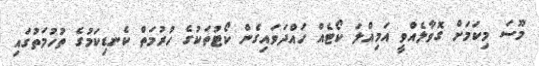
މޫސަ މިކަމަށް ގޮވާލެއްވީ އަމިއްލަ ކޯޓެއް ހައްދަވައިގެން ކޯޓުތަކުގެ ހުރުމަތް ކެނޑިކަމުގެ ތުހުމަތުގައި